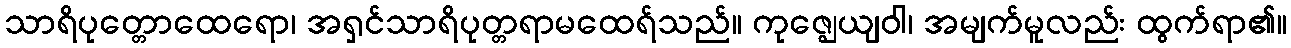
သာရိပုတ္တောထေရော၊ အရှင်သာရိပုတ္တရာမထေရ်သည်။ ကုဇ္ဈေယျဝါ၊ အမျက်မူလည်း ထွက်ရာ၏။